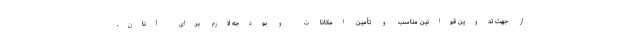
از جهت تدوین قوانین مناسب و تأمین امکانات و بودجه لازم برای آنان.